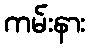
ကမ်းနား